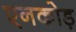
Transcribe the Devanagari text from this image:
एनकोड़